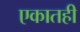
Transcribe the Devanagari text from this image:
एकातही